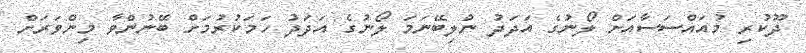
ދޫކުރި މުއައްސަސާއަށް ލޯނުގެ އަދަދު ނުލިބޭނަމަ ލޯނުގެ އަދަދު ހަމަކުރުމަށް ބޭނުންވާ މިންވަރަށް